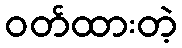
ဝတ်ထားတဲ့